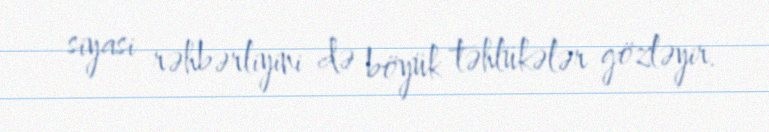
siyasi rəhbərliyini də böyük təhlükələr gözləyir.